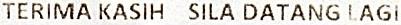
TERIMA KASIH SILA DATANG LAGI